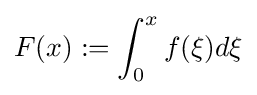
F(x):=\int _{0}^{x}f(\xi )d\xi